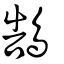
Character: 鵠